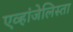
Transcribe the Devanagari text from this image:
एव्हांजेलिस्ता